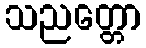
သညတ္တော